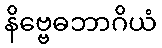
နိဗ္ဗေဓဘာဂိယံ